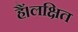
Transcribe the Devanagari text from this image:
हैं।लक्षित